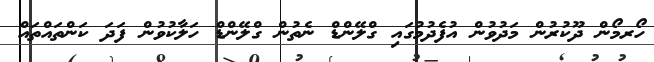
ހޯރމޯން ދޫކުރުން މަދުވުން އުފެދުމުގައި ގްލޭންޑް ނެތުން ގްލޭންޑް ހަލާކުވުން ފަދަ ކަންތައްތައް